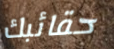
حقائبك